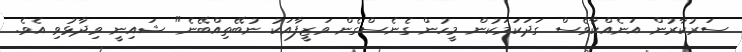
ސަރުކާރުން އަނެއްކާވެސް ގަދަކަމަކުން މީހުން ގެނެސްގެން ވަޒީފާއަކު ނުބޭތިއްބޭނެ" ޝައިނީ ވިދާޅުވި އެވެ.